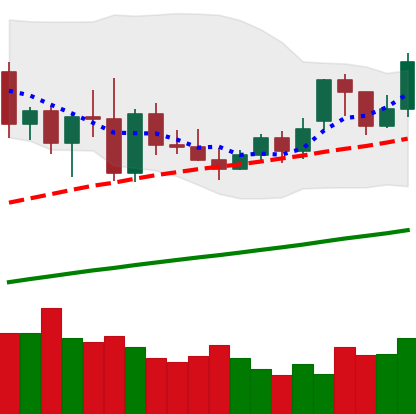
Ticker: XMR-USD
Chart end date: 2020-11-21
Forward return: -6.806%
Label: down_5_7